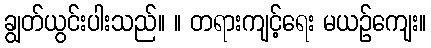
ချွတ်ယွင်းပါးသည်။ ။ တရားကျင့်ရေး မယဉ်ကျေး။